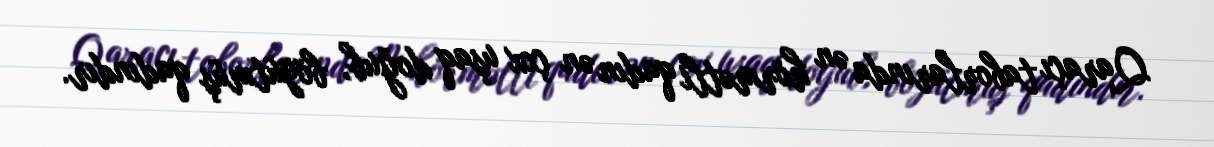
Qaraçı taborlarında ən hörmətli qadın ən çox uşaq doğub, böyütmüş qadındır.